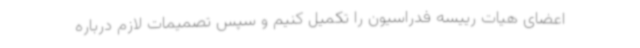
اعضای هیات رییسه فدراسیون را تکمیل کنیم و سپس تصمیمات لازم درباره